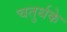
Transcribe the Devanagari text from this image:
चतुर्थके